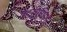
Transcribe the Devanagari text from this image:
वेड्यापिशा